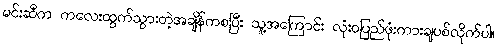
မင်းဆီက ကလေးထွက်သွားတဲ့အချိန်ကစပြီး သူ့အကြောင်း လုံးဝပြည်ဖုံးကားချပစ်လိုက်ပါ။